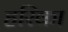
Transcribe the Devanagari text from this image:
हरिका